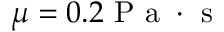
\mu = 0 . 2 \mathrm { ~ P ~ a ~ } \cdot \mathrm { ~ s ~ }